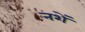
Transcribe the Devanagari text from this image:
नशें